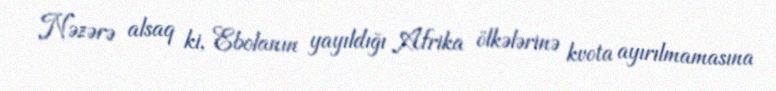
Nəzərə alsaq ki, Ebolanın yayıldığı Afrika ölkələrinə kvota ayırılmamasına